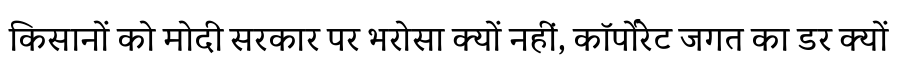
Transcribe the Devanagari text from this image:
किसानों को मोदी सरकार पर भरोसा क्यों नहीं, कॉर्पोरेट जगत का डर क्यों